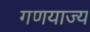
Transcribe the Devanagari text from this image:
गणयाज्य